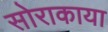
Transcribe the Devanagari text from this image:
सोराकाया